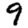
Digit: 9